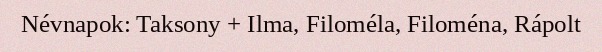
Névnapok: Taksony + Ilma, Filoméla, Filoména, Rápolt